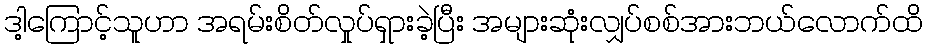
ဒါ့ကြောင့်သူဟာ အရမ်းစိတ်လှုပ်ရှားခဲ့ပြီး အများဆုံးလျှပ်စစ်အားဘယ်လောက်ထိ